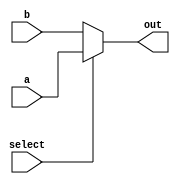
`timescale 1ns / 1ps
//////////////////////////////////////////////////////////////////////////////////
// Assignment 7
//
//Group No.42
//Members: 	Seemant Guruprasad Achari 	19CS10055
//			Chappidi Yoga Satwik 		19CS30013
// 
// 32-bit 2-1 multiplexer
// 
// 
//////////////////////////////////////////////////////////////////////////////////
module multiplexer21(a,b,select,out);
input [31:0]a,b;
input  select;
output reg [31:0]out;

always@(*) begin
	if(select) out=a;
	else out =b;
	
end

endmodule